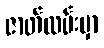
ဇာတ်လမ်းမှာ